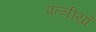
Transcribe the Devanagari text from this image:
पत्नीय़ॉ